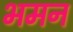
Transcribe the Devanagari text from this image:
भमन